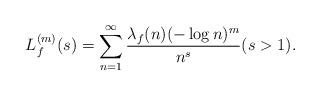
LaTeX: \begin{align*}L_f^{(m)}(s)=\sum_{n=1}^\infty\frac{\lambda_f(n)(-\log n)^m}{n^s} (s>1).\end{align*}